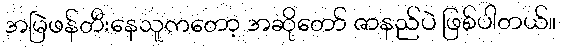
အမြဲဖန်တီးနေသူကတော့ အဆိုတော် ဇာနည်ပဲ ဖြစ်ပါတယ်။